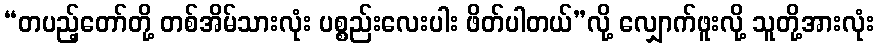
“တပည့်တော်တို့ တစ်အိမ်သားလုံး ပစ္စည်းလေးပါး ဖိတ်ပါတယ်”လို့ လျှောက်ဖူးလို့ သူတို့အားလုံး